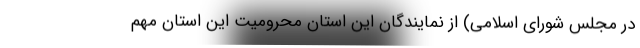
در مجلس شورای اسلامی) از نمایندگان این استان محرومیت این استان مهم